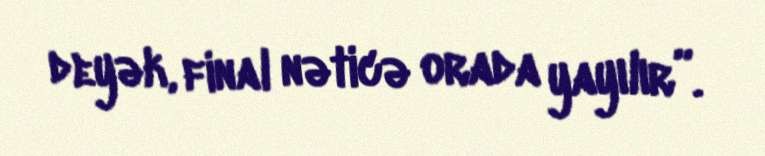
deyək, final nəticə orada yayılır”.